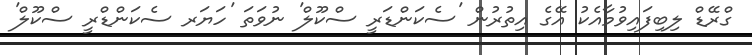
ގްރޭޑް ލިބިފައިވުމާއެކު އޭގެ އިތުރުން 'ސެކަންޑަރީ ސްކޫލް' ނުވަތަ 'ހަޔަރ ސެކަންޑްރީ ސްކޫލް'